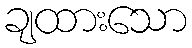
ချထားသော